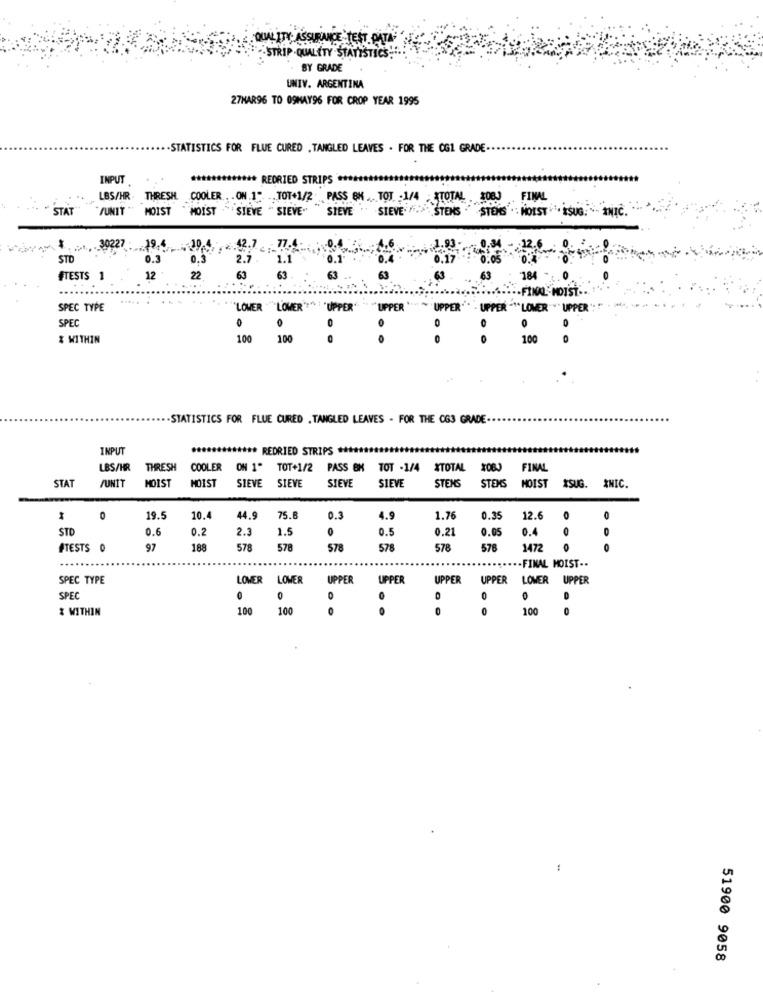
QUALITY A
CE TEST DATA
-STRIP -QUALITY .STATIST
BY GRADE
UNIV. ARGENTINA
27HAR96 TO 09HAY96 FOR CROP YEAR 1995
. . STATISTICS FOR FLUE CURED , TANGLED LEAVES . FOR THE OG1 GRADE
INPUT
teeth *** REDRIED STRIPS ***
. ..
LBS/HR
THRESH. COOLER . . ON .1" .TOT+1/2 PASS &H TOT -1/4 -XTOTAL .2083 FINAL
STAT
/UNIT
MOIST
MOIST SIEVE
"SIEVE"
SIEVE " SIEVE STENS " STENS . MOIST ESUG. " INIC.
30227 :
19,4
.12.7
STO
0.3
0.3
2.7.
1.1
0.1
FTESTS 1
12
22
63
63
63
SPEC TYPE
LOWER ""LOWER""" " "UPPER":"
"UPPER
"UPPER"
UPPER -1* LOWER
UPPER
SPEC
0
.
.
& WITHIN
100
100
100
. . STATISTICS FOR FLUE CURED . TANGLED LEAVES . FOR THE C63 GRADE.
INPUT
....
***** REDRIED STRIPS *****
LBS/HR
THRESH
COOLER ON 1" TOT+1/2 PASS BK TOT -1/4 XTOTAL X08)
FINAL
STAT
/UNIT
MOIST
SIEVE
STENS
MOIST
SIEVE
SIEVE
SIEVE
STENS
HOIST
ISUG. * NIC.
0
19.5
10.4
44.9
75.8
0.3
4.9
1.76
0.35
12.6
0
O
STD
0.6
0.2
2.3
1.5
0
0.5
0.21
0.05
0.4
#TESTS 0
97
188
578
578
578
578
578
576
1472
-FINAL HOIST ..
SPEC TYPE
LOWER
LOWER
UPPER
UPPER
UPPER
UPPER
LOWER UPPER
SPEC
0
0
0
0
& WITHIN
100
100
0
in :
-
51900 9058